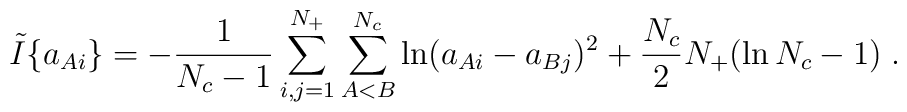
\tilde I\{a_{Ai}\} = -\frac{1}{N_c-1} \sum_{i,j=1}^{N_+} \sum_{A<B}^{N_c}\ln(a_{Ai}-a_{Bj})^2 + \frac{N_c}{2}N_+(\ln N_c -1)\;.